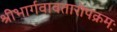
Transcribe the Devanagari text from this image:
श्रीभार्गवावतारोपक्रमः